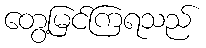
တွေ့မြင်ကြရသည်